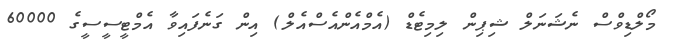
މޯލްޑިވްސް ނެޝަނަލް ޝިޕިން ލިމިޓެޑް (އެމްއެންއެސްއެލް) އިން ގަނެފައިވާ އެމްޓީސީސީގެ 60000